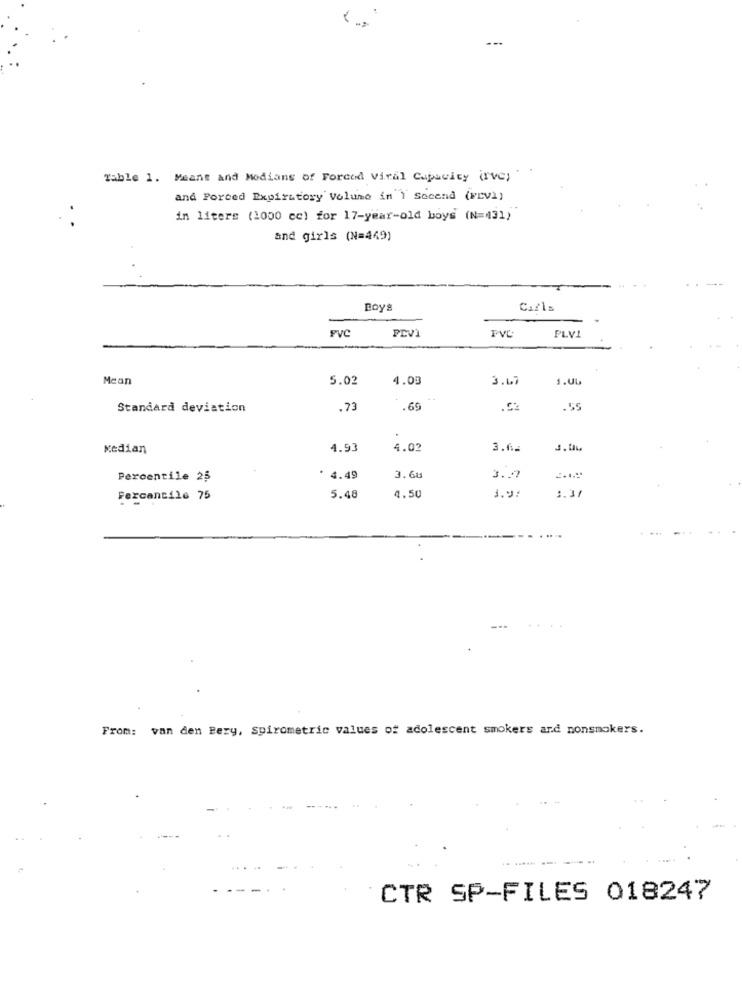
.
...
Table 1. Means and Modians of Forced viral Capacity (rve)
and Forced Expiratory Volume in 1 Secend (FEV1)
in liters (1000 cc) for 17-year-old boys (N=431)
and girls (N=449)
Boys
Carls
PVC
PLVI
PLVI
Mean
5.02
4.03
3.47
5.06
Standard deviation
.73
1 .69
.55
Median
4.93
4.02
3.6.
Percentile 25
. 4.49
3.68
3.7
Fexcantile 75
5.48
4.50
1.9:
1.31
From: van den Bery, spirometric values of adolescent smokers and nonsmokers.
CTR SP-FILES 018247